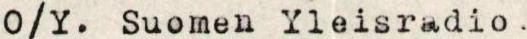
O/Y. Suomen Yleisradio.